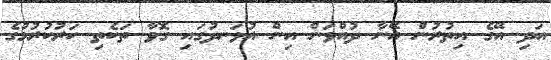
އަދި އޭގެ އިތުރުން އޭނާ ދުއްވަން އިން އުޅަނދުގައި ގޮވާ ތަކެތި ހަރުކުރުމުގެ